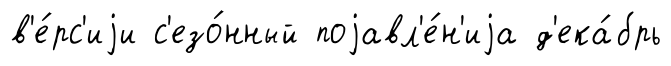
в'е́рс'иjи с'езо́нный поjавл'е́н'иjа д'ека́брь